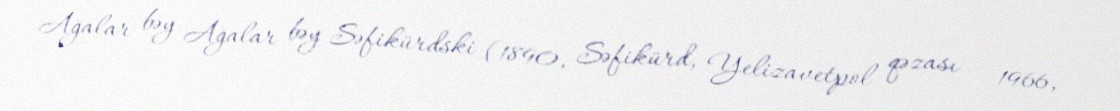
Ağalar bəy Ağalar bəy Səfikürdski (1890, Səfikürd, Yelizavetpol qəzası – 1966,